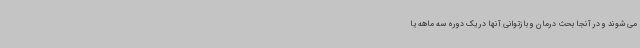
می شوند و در آنجا بحث درمان و بازتوانی آنها در یک دوره سه ماهه یا